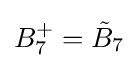
B_{7}^{+}={\tilde {B}}_{7}